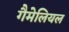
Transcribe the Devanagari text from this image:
गैमेलियल